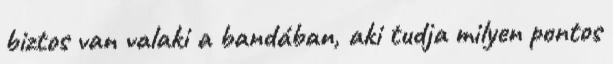
biztos van valaki a bandában, aki tudja milyen pontos